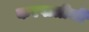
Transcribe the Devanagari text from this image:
करपात्रीजी